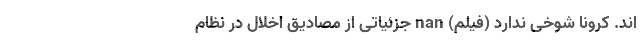
اند. کرونا شوخی ندارد (فیلم) nan جزئیاتی از مصادیق اخلال در نظام